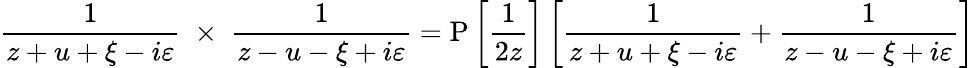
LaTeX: {\frac{1}{z+u+\xi-i\varepsilon}}\; \times\; {\frac{1}{z-u-\xi+i\varepsilon}}=\mathrm{P}\left\lbrack\vphantom{{\frac{1}{z+u+\xi-i\varepsilon}}}{\frac{1}{2z}}\right\rbrack\left\lbrack{\frac{1}{z+u+\xi-i\varepsilon}}+{\frac{1}{z-u-\xi+i\varepsilon}}\right\rbrack